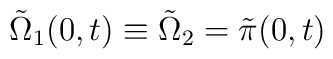
\tilde\Omega_1(0,t)\equiv\tilde\Omega_2=\tilde\pi(0,t)